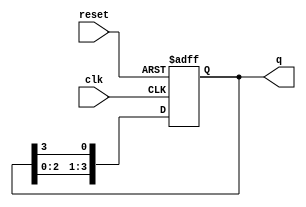
module bistable_ring_counter (
    input wire clk,        // Clock signal
    input wire reset,      // Asynchronous reset signal
    output reg [N-1:0] q   // Output state of the counter
);
    parameter N = 4;       // Number of flip-flops (can be adjusted)

    // Initial state for the counter
    initial begin
        q = 1; // Start with the first flip-flop set to '1'
    end

    // Always block for state transition
    always @(posedge clk or posedge reset) begin
        if (reset) begin
            q <= 1; // Reset state: only the first flip-flop is '1'
        end else begin
            // Shift the '1' to the right
            q <= {q[N-2:0], q[N-1]}; // Shift left and wrap around
        end
    end
endmodule